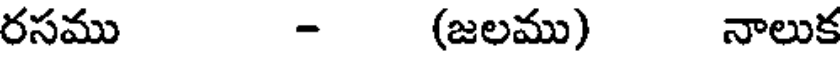
రసము - (జలము) నాలుక